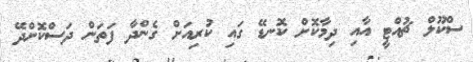
ސްކޫލް ޗުއްޓީ އާއި ދިމާކޮށް ކޮނޑޭ ގައި ކުރިއަށް ގެންދާ ފަތަން ދަސްކޮށްދޭ